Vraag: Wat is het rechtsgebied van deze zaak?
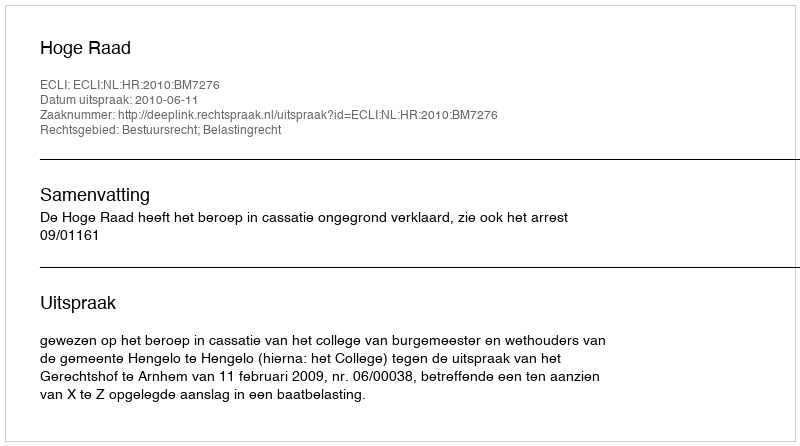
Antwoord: Bestuursrecht; Belastingrecht